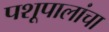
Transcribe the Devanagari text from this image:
पशूपालांचा